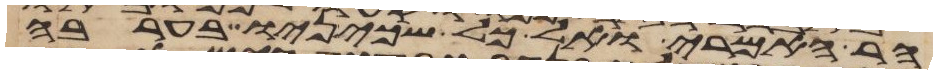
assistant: הר האמרי ואל כל שכינו בערבה